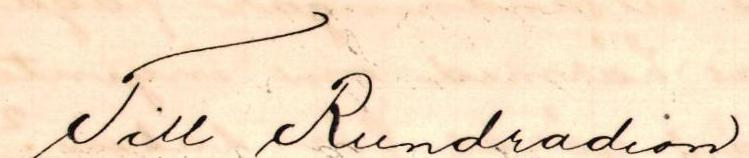
Till Rundradion